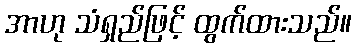
အာဟု သံရှည်ဖြင့် ထွက်ထားသည်။